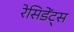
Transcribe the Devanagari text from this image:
रेसिडेंट्स